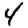
Digit: 4